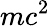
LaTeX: mc^{2}